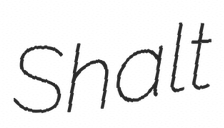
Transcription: Shalt